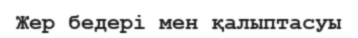
Жер бедері мен қалыптасуы